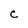
Character: C